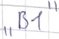
Text: "B1"